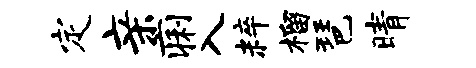
定亲痢入粹榴琶晴